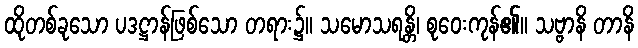
ထိုတစ်ခုသော ပဒဋ္ဌာန်ဖြစ်သော တရား၌။ သမောသရန္တိ၊ စုဝေးကုန်၏။ သဗ္ဗာနိ တာနိ